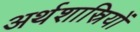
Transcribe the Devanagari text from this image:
अर्थशास्रियों